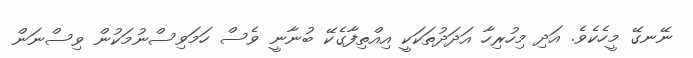
ނޭނގޭ މީހެކެވެ. އަދި މިހުރިހާ އަދަދުތަކަކީ އިއްތިފާގެކޭ ބުނާނީ ވެސް ހަމަވިސްނުމަކުން ވިސްނަން